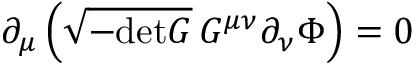
\partial _ { \mu } \left( \sqrt { - \mathrm { d e t } G } \, G ^ { \mu \nu } \partial _ { \nu } \Phi \right) = 0